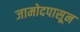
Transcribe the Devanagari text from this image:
जामोदपासून